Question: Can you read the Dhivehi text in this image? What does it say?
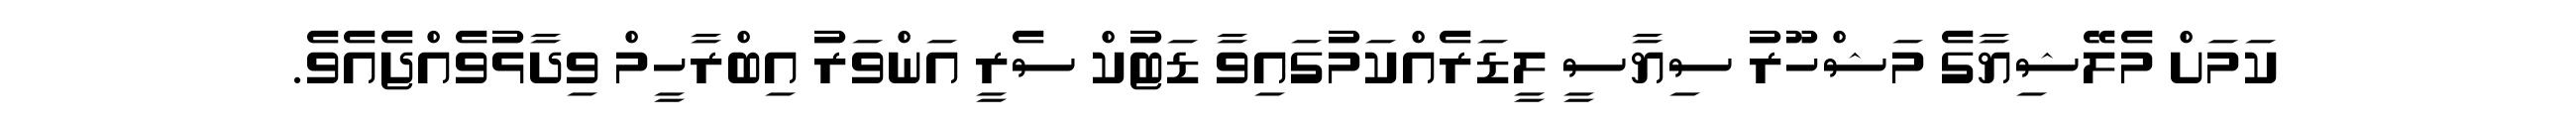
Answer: ކަމަށް މެލޭޝިޔާގެ މަޝްހޫރު ސިޔާސީ ލީޑަރެއްކަމުގައިވާ ޑަޓުކް ސެރީ އަންވަރު އިބްރާހީމް ވިދާޅުވެއްޖެއެވެ.